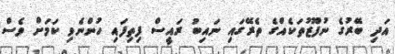
އަދި ބޭރުގެ ނުފޫޒުތަކެއްގެ ތެރޭގައި ނައިބު ރައީސް ފިތިފައި ހުންނެވި ކަމަށް ވެސް